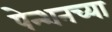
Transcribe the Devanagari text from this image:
पेन्शनच्या